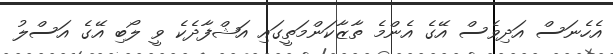
އެހެނަސް އަދިވެސް އޭގެ އެންމެ ތާޒާކަންމަތީގައި އަޝްފާދެކެ ވީ ލޯބި އޭގެ އަސްލު